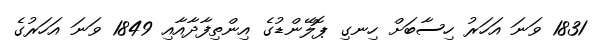
1831 ވަނަ އަހަރު ހިސާބަށް ހިނގި ޕޮލޭންޑުގެ އިންތިފާދާއާއި 1849 ވަނަ އަހަރުގެ